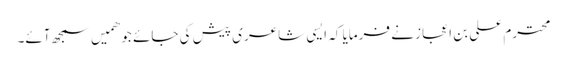
محترم علی بن اعجاز نے فرمایا کہ ایسی شاعری پیش کی جائے جو ھمیں سمجھ آئے۔